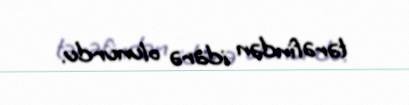
tərəfindən idarə olunurdu.